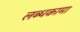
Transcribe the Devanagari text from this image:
लब्धकामा